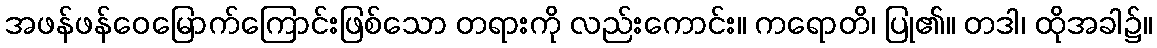
အဖန်ဖန်ဝေမြောက်ကြောင်းဖြစ်သော တရားကို လည်းကောင်း။ ကရောတိ၊ ပြု၏။ တဒါ၊ ထိုအခါ၌။